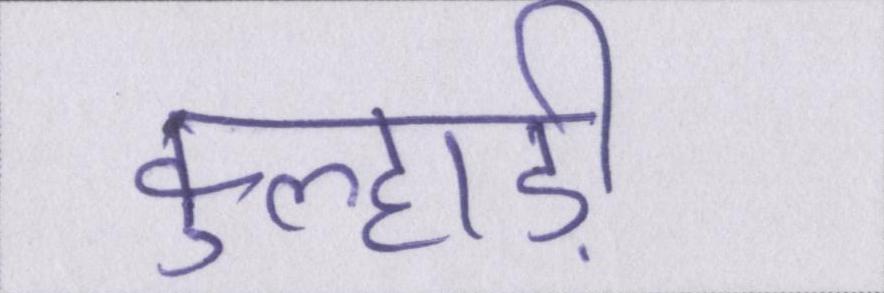
कुल्हाड़ी